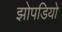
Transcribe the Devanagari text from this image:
झोपडियो